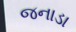
જનાડા